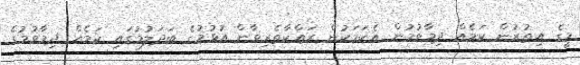
މީގެ އިތުރުން ކަމެއް ދިމާވުމުން އެކަމަކުން ރައްކާތެރިވާން އުޅުމުގެ ބަދަލުމުގައި ކަމެއް ދިމާވުމުގެ